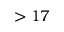
> 1 7